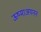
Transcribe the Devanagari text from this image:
ऊष्माअयनन